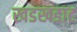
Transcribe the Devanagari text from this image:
खडखडाट